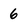
Character: 6